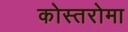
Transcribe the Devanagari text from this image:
कोस्तरोमा